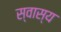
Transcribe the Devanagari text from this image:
स्वास्य